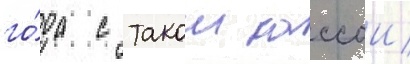
го́да с такои кассои